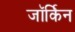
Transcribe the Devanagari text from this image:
जॉर्किन